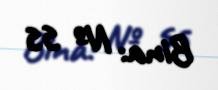
Bina: № 55